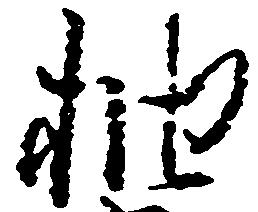
抽